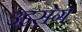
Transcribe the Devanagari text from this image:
उइसेग